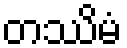
တဿိမံ